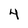
Character: 4